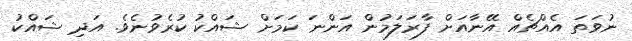
ނުވަތަ އެއްޗެއް އޭނާއަށް ފާރަލަމުން އަންނަ ކަމަށް ޝައްކު ކުރެވުނެވެ. އަދި ޝައްކު